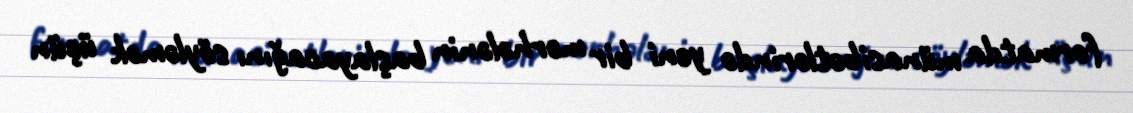
formatda münasibətlərində yeni bir mərhələnin başlayacağını söyləmək üçün